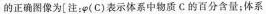
的正确图像为[注：φ(C)表示体系中物质C.的百分含量；体系